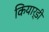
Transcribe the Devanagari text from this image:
कियार्डी